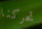
تحركنا